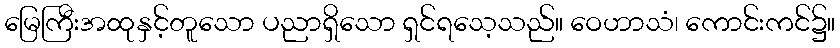
မြေကြီးအထုနှင့်တူသော ပညာရှိသော ရှင်ရသေ့သည်။ ဝေဟာသံ၊ ကောင်းကင်၌။